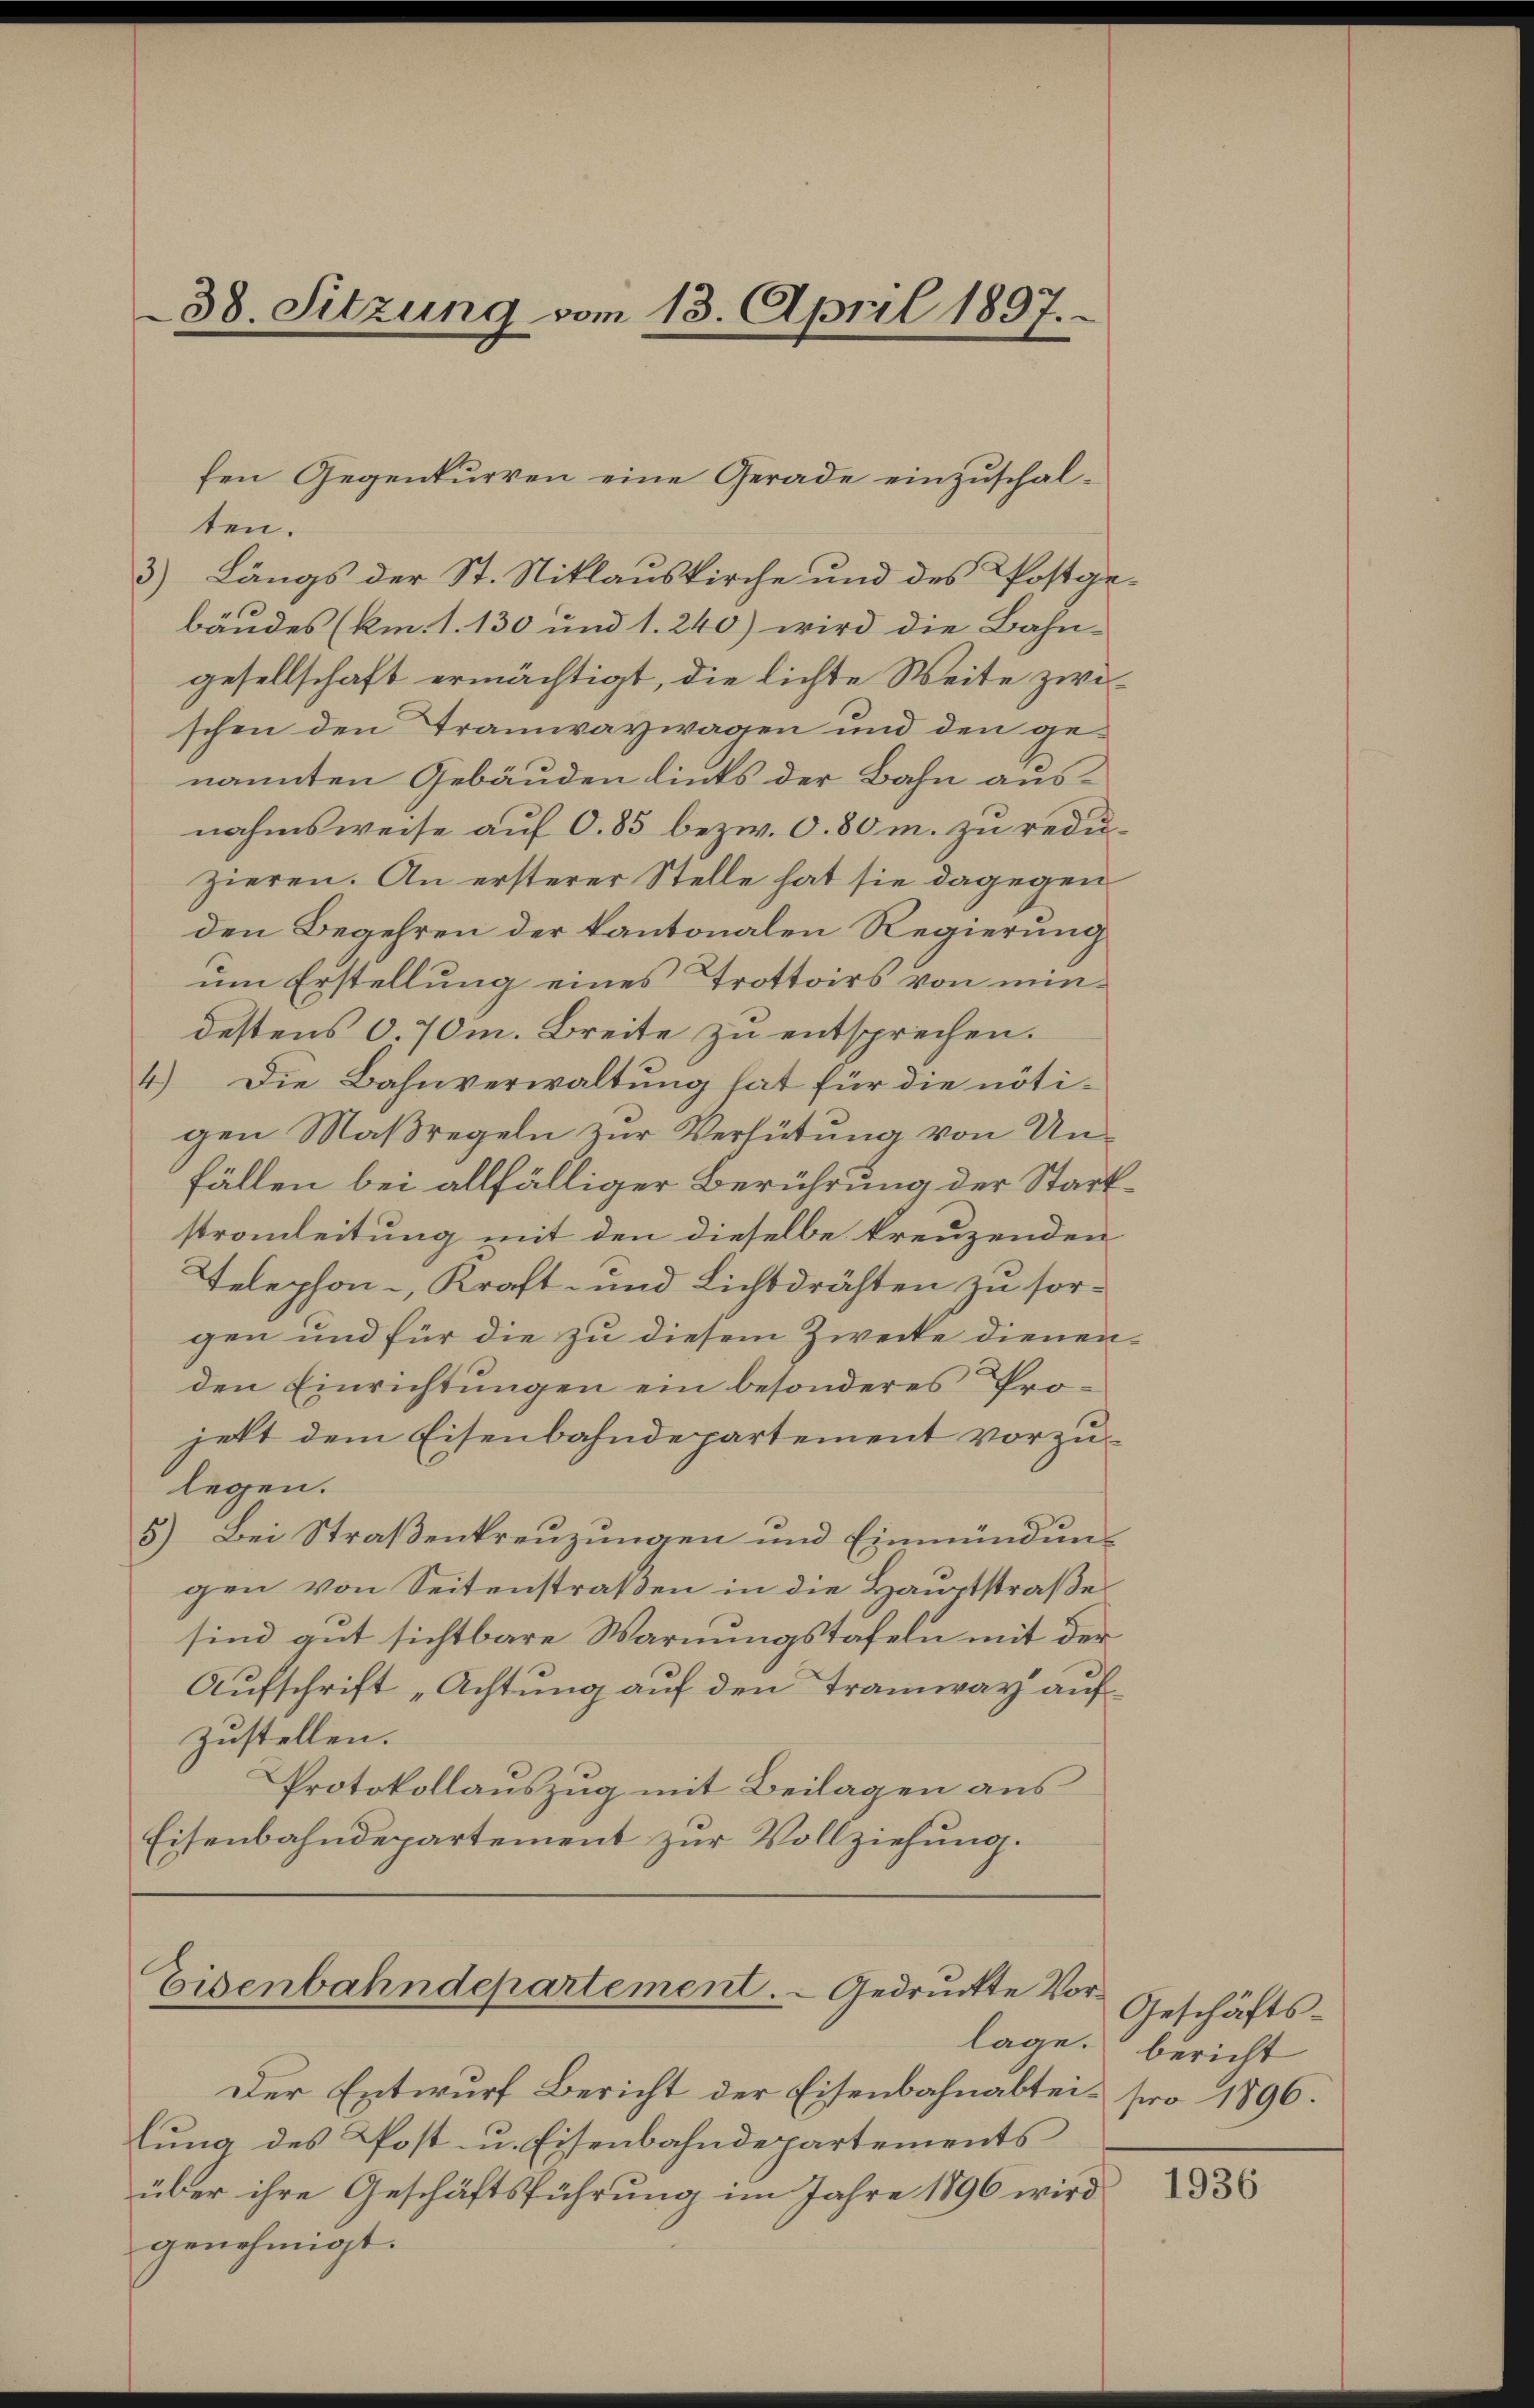
38. Sitzung vom 13. April 1897.

ten.
3) Längs der St. Niklauskirche und des Postge-
bäudes (km. 1. 130 und 1. 240) wird die Bahn-
gesellschaft ermächtigt, die lichte Weite zwischen den Tramwaywagen und den genannten Gebäuden links der Bahn ausnahmsweise auf O.85 bezw. O. 80 m. zu reduzieren. An ersterer Stelle hat sie dagegen
den Begehren der kantonalen Regierung
um Erstellung eines Trottoirs von mindestens O. 70m. Breite zu entsprechen.
4.) Die Bahnverwaltung hat für die nöti-
gen Maßregeln zur Verhütung von Unfällen bei allfälliger Berührung der Startstronleitung mit den dieselbe kreuzenden
Telephon-, Kraft- und Lichtdrähten zu sorgen und für die zu diesem Zwecke dienenden Einrichtungen ein besonderes Projett dem Eisenbahndepartement vorzulegen.
5.) Bei Straßenkreuzungen und Einmündungen von Seitenstraßen in die Hauptstraße
sind gut sichtbare Warnungstafeln mit der
Aufschrift „Achtung auf den Tramway aufzustellen.
Protokollauszug mit Beilagen aus
Eisenbahndepartement zur Vollziehung.

fen Gegenkurren eine Gerade einzuschal¬

Eisenbahndepartement. Gedruckte Vor¬

lage.
Der Entwurf Bericht der Eisenbahnabtei pro 1896.
lung des Post- u. Eisenbahndepartements
über ihre Geschäftsführung im Jahre 1896 wird
genehmigt.

Geschäftsbericht

1936